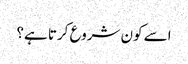
اسے کون شروع کرتا ہے؟